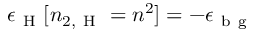
\epsilon _ { \mathrm { ~ H ~ } } [ n _ { 2 , \mathrm { ~ H ~ } } = n ^ { 2 } ] = - \epsilon _ { { \mathrm { ~ b ~ g ~ } } }